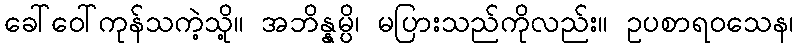
ခေါ်ဝေါ်ကုန်သကဲ့သို့။ အဘိန္နမ္ပိ၊ မပြားသည်ကိုလည်း။ ဥပစာရဝသေန၊